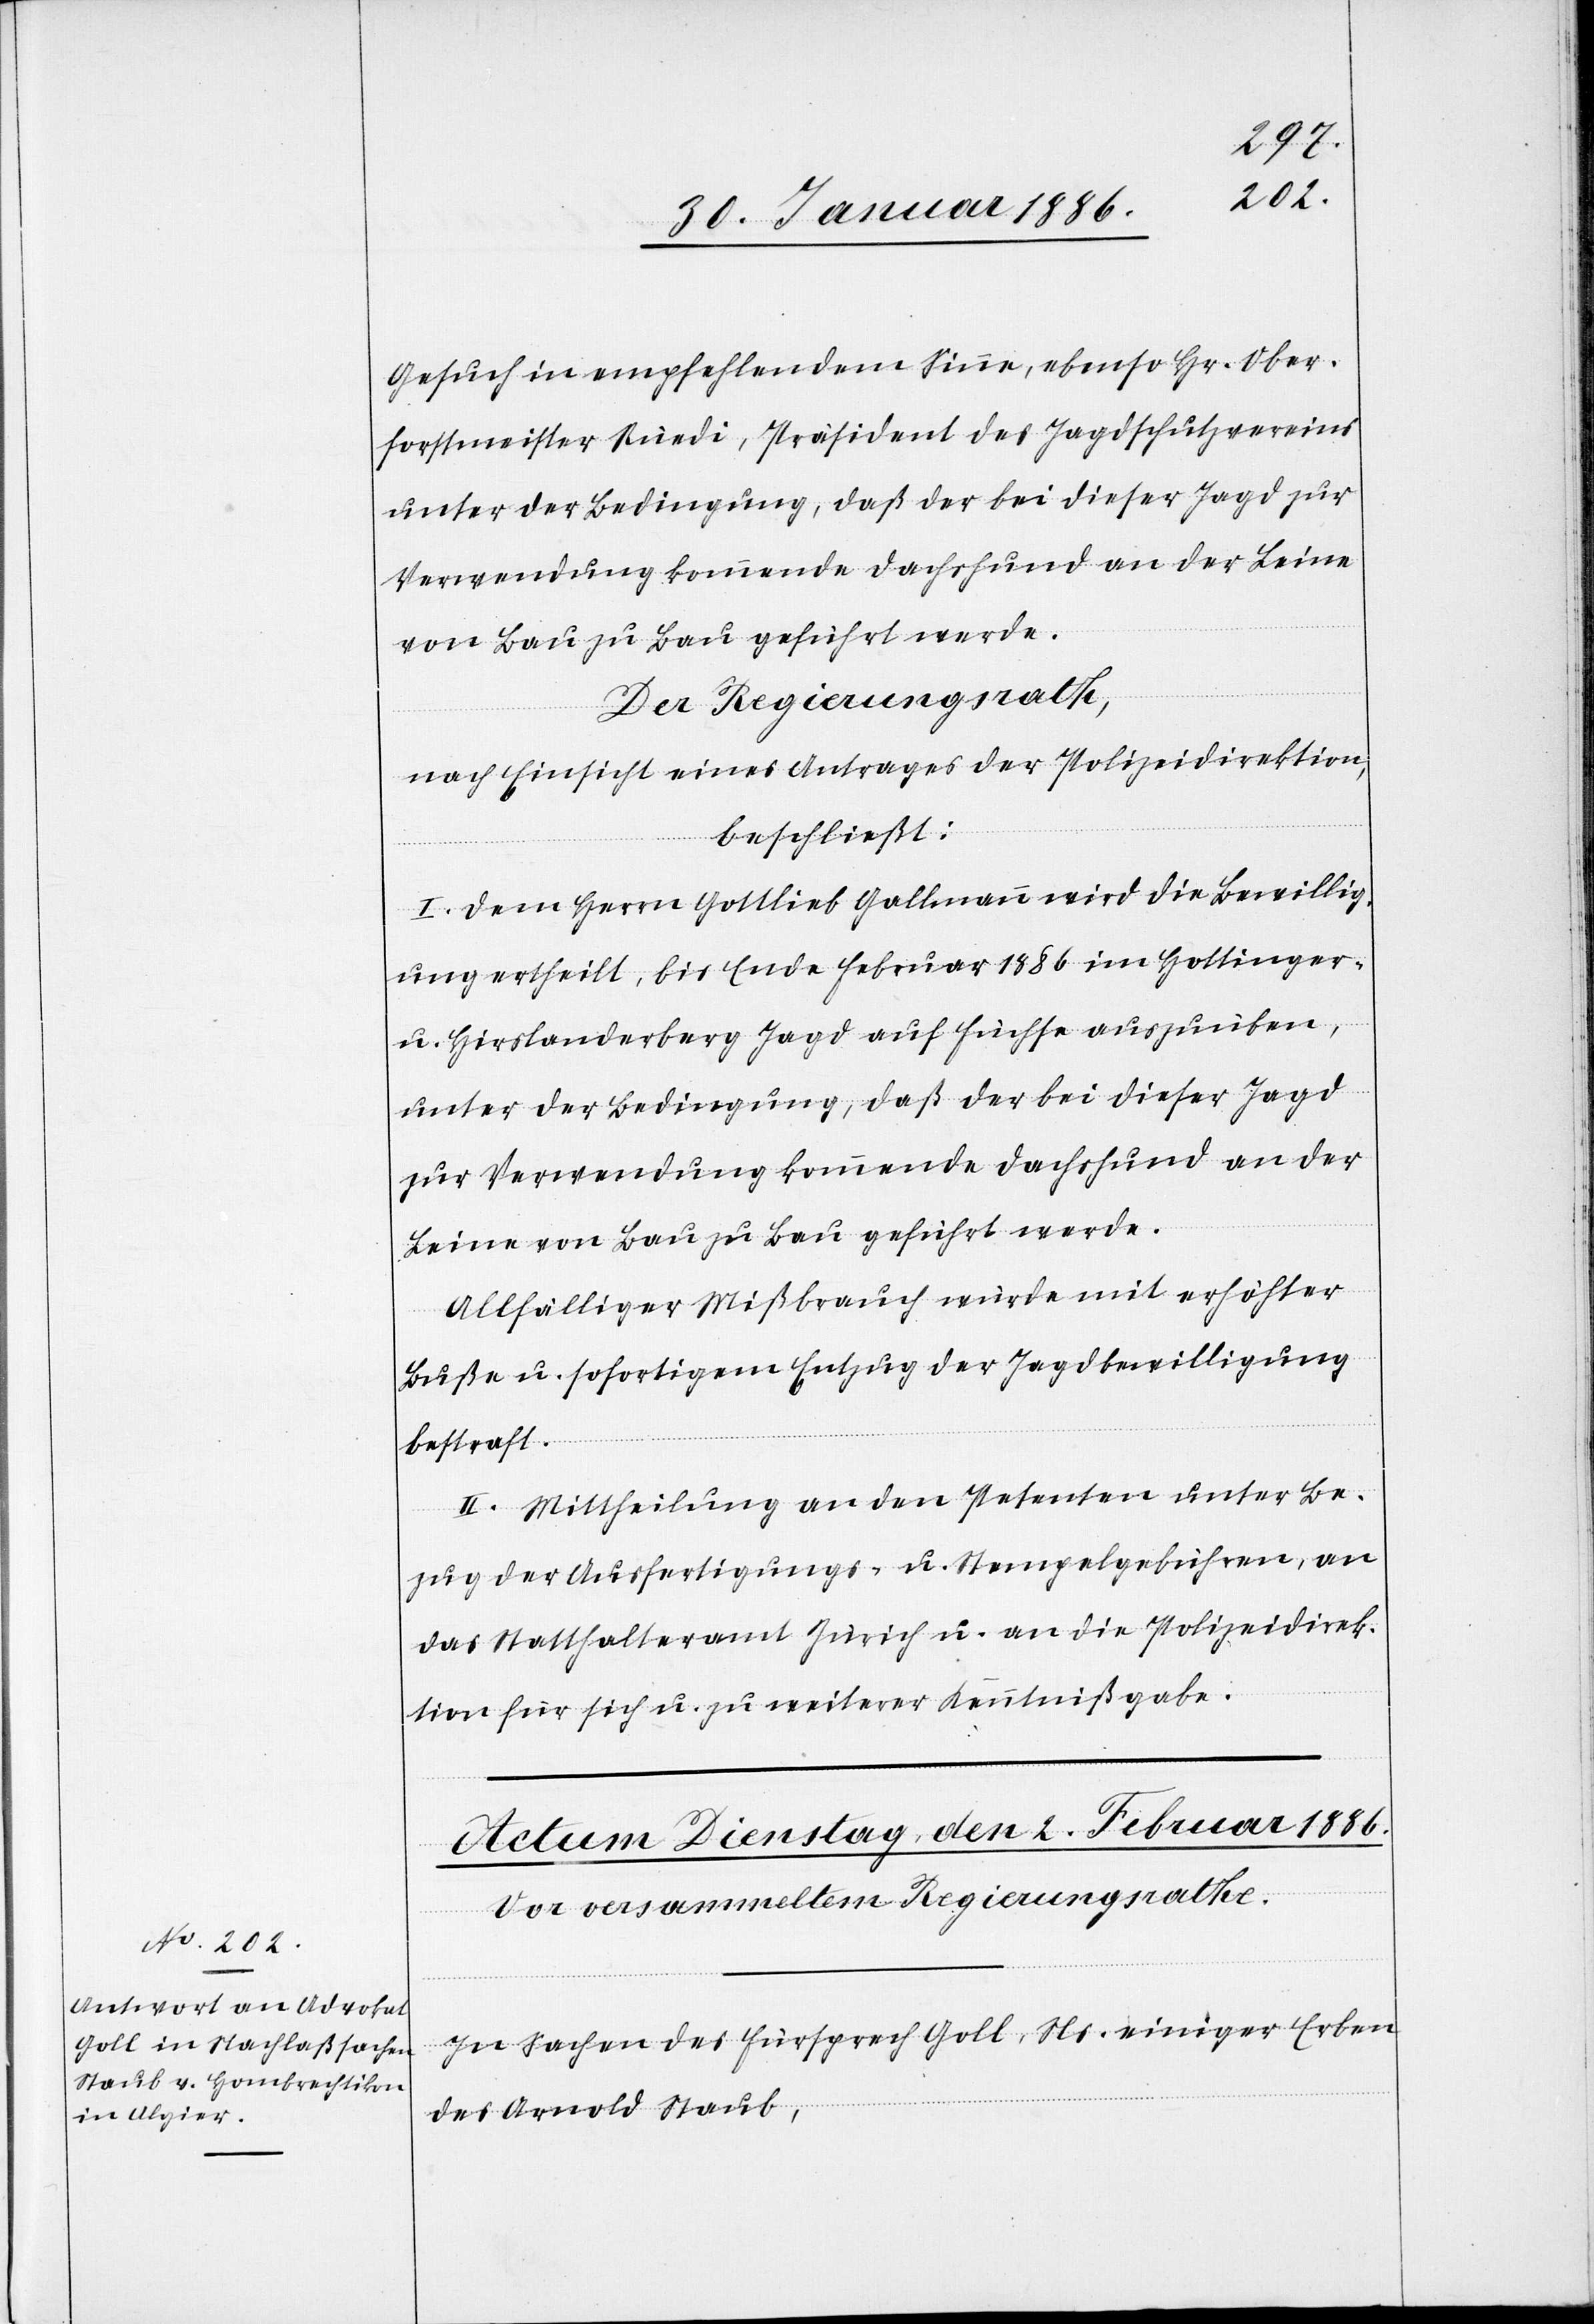
Gesuch im empfehlendem Sinne, ebenso Hr. Ober¬
forstmeister Rüedi, Präsident des Jagdschutzvereins
unter der Bedingung, daß der bei dieser Jagd zur
Verwendung kommende Dachshund an der Leine
von Bau zu Bau geführt werde.
Der Regierungsrath,
nach Einsicht eines Antrages der Polizeidirektion,
beschließt:
I. Dem Herrn Gottlieb Gallmann wird die Bewillig¬
ung ertheilt, bis Ende Februar 1886 im Hottinger-
u. Hirslanderberg Jagd auf Füchse auszuüben,
unter der Bedingung, daß der bei dieser Jagd
zur Verwendung kommende Dachshund an der
Leine von Bau zu Bau geführt werde.
Allfälliger Mißbrauch würde mit erhöhter
Buße u, sofortigem Entzug der Jagdbewilligung
bestraft.
II. Mittheilung an den Petenten unter Be¬
zug der Ausfertigungs- u. Stempelgebühr, an
das Statthalteramt Zürich u. an die Polizeidirek¬
tion für sich u. zu weiterer Kennißgabe.
In Sachen des Fürsprech Goll, Ns. einiger Erben
des Arnold Staub,